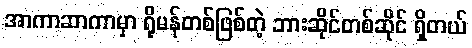
အာကာဆာကာမှာ ရိုမန်တစ်ဖြစ်တဲ့ ဘားဆိုင်တစ်ဆိုင် ရှိတယ်